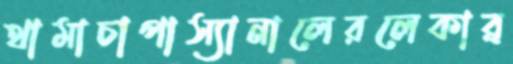
থামাচাপাস্যানালেরলেকার্